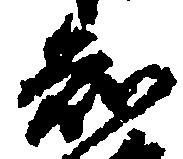
知